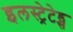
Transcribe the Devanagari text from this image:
इलस्ट्रेटेड्स